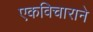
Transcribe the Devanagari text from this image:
एकविचाराने